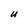
Character: U